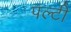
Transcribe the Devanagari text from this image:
पल्टी